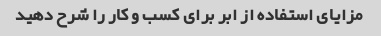
مزایای استفاده از ابر برای کسب و کار را شرح دهید